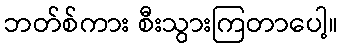
ဘတ်စ်ကား စီးသွားကြတာပေါ့။